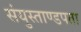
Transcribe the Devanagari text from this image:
संयुस्ताण्डपता